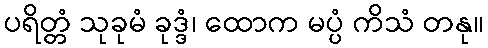
ပရိတ္တံ သုခုမံ ခုဒ္ဒံ၊ ထောက မပ္ပံ ကိသံ တနု။